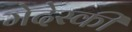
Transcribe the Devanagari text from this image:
मेदेस्की